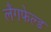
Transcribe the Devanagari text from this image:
लैंगफेल्ड